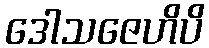
ဒေါသဇေဟိပိ